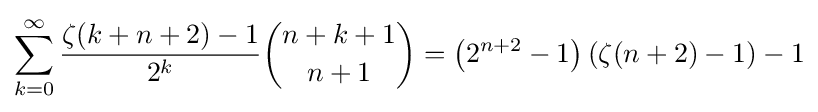
\sum _{k=0}^{\infty }{\frac {\zeta (k+n+2)-1}{2^{k}}}{{n+k+1} \choose {n+1}}=\left(2^{n+2}-1\right)\left(\zeta (n+2)-1\right)-1